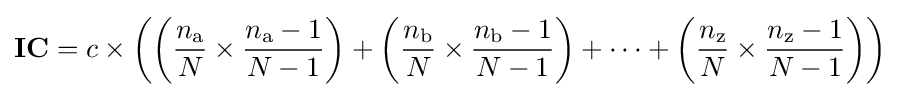
\mathbf {IC} =c\times \left({\left({{\frac {n_{\mathrm {a} }}{N}}\times {\frac {n_{\mathrm {a} }-1}{N-1}}}\right)+\left({{\frac {n_{\mathrm {b} }}{N}}\times {\frac {n_{\mathrm {b} }-1}{N-1}}}\right)+\cdots +\left({{\frac {n_{\mathrm {z} }}{N}}\times {\frac {n_{\mathrm {z} }-1}{N-1}}}\right)}\right)